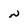
Character: N